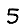
Digit: 5